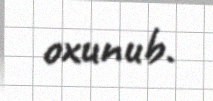
oxunub.